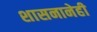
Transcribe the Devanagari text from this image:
शासनानेही